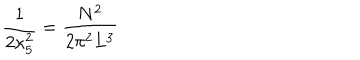
\frac { 1 } { 2 \kappa _ { 5 } ^ { 2 } } = \frac { N ^ { 2 } } { 2 \pi ^ { 2 } L ^ { 3 } }